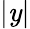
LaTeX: |\mathit{y}|